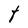
Character: t